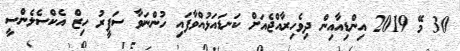
30 މޭ 2019 އިންޑިއާއިން ދިވެހިރާއްޖެއަށް ކަނޑައަޅުއްވާފައި ހުންނަވާ ސަފީރު ހިޒް އެކްސެލެންސީ